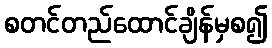
စတင်တည်ထောင်ချိန်မှစ၍